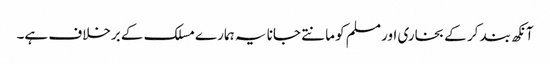
آنکھ بند کر کے بخاری اور مسلم کو مانتے جانا یہ ہمارے مسلک کے برخلاف ہے۔